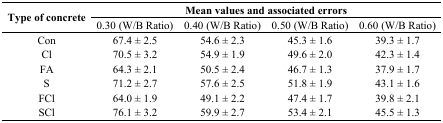
<table><thead><tr><td rowspan="2"><b>Type of concrete</b></td><td colspan="4"><b>Mean values and associated errors</b></td></tr><tr><td><b>0.30 (W/B Ratio)</b></td><td><b>0.40 (W/B Ratio)</b></td><td><b>0.50 (W/B Ratio)</b></td><td><b>0.60 (W/B Ratio)</b></td></tr></thead><tbody><tr><td>Con</td><td>67.4 ± 2.5</td><td>54.6 ± 2.3</td><td>45.3 ± 1.6</td><td>39.3 ± 1.7</td></tr><tr><td>Cl</td><td>70.5 ± 3.2</td><td>54.9 ± 1.9</td><td>49.6 ± 2.0</td><td>42.3 ± 1.4</td></tr><tr><td>FA</td><td>64.3 ± 2.1</td><td>50.5 ± 2.4</td><td>46.7 ± 1.3</td><td>37.9 ± 1.7</td></tr><tr><td>S</td><td>71.2 ± 2.7</td><td>57.6 ± 2.5</td><td>51.8 ± 1.9</td><td>43.1 ± 1.6</td></tr><tr><td>FCl</td><td>64.0 ± 1.9</td><td>49.1 ± 2.2</td><td>47.4 ± 1.7</td><td>39.8 ± 2.1</td></tr><tr><td>SCl</td><td>76.1 ± 3.2</td><td>59.9 ± 2.7</td><td>53.4 ± 2.1</td><td>45.5 ± 1.3</td></tr></tbody></table>